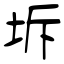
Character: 坼